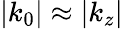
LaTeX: |k_{0}|\approx|k_{z}|